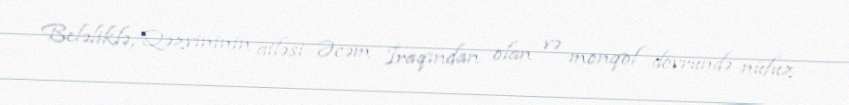
Beləliklə, Qəzvininin ailəsi Əcəm İraqından olan və monqol dövründə nüfuz